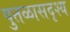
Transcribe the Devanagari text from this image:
पुतळासदृश्य